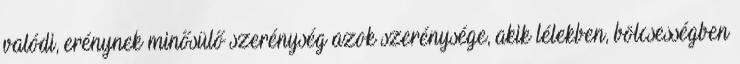
valódi, erénynek minősülő szerénység azok szerénysége, akik lélekben, bölcsességben